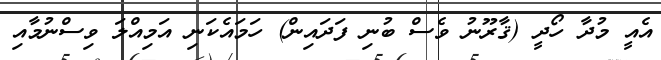
އެއީ މުދާ ހޯދީ (ޤާރޫނު ވެސް ބުނި ފަދައިން) ހަމައެކަނި އަމިއްލަ ވިސްނުމާއި